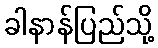
ခါနာန်ပြည်သို့